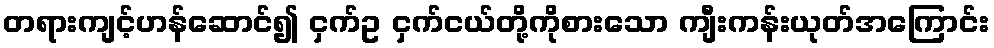
တရားကျင့်ဟန်ဆောင်၍ ငှက်ဥ ငှက်ငယ်တို့ကိုစားသော ကျီးကန်းယုတ်အကြောင်း